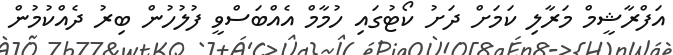
އަފްރާޝީމް މަރާލި ކަމަށް ދަށު ކޯޓުގައި ހުމާމް އެއްބަސްވީ ފުލުހުން ބިރު ދެއްކުމުން